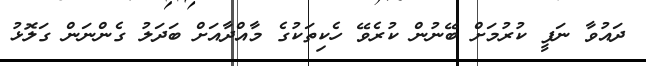
ދައުވާ ނަފީ ކުރުމަށް ބޭނުން ކުރެވޭ ހެކިތަކުގެ މާއްދާއަށް ބަދަލު ގެންނަން ގަލޮޅު